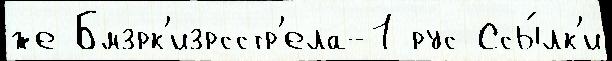
же Бмзрк'изрсстр'ела-1 рус Ссы́лк'и